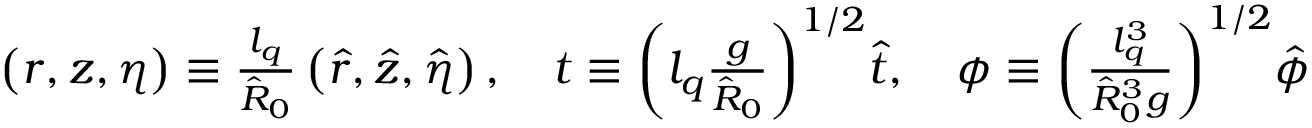
\begin{array} { r } { \left( r , z , \eta \right) \equiv \frac { l _ { q } } { \hat { R } _ { 0 } } \left( \hat { r } , \hat { z } , \hat { \eta } \right) , \quad t \equiv { \left( l _ { q } \frac { g } { \hat { R } _ { 0 } } \right) } ^ { 1 / 2 } \hat { t } , \quad \phi \equiv { \left( \frac { l _ { q } ^ { 3 } } { \hat { R } _ { 0 } ^ { 3 } g } \right) } ^ { 1 / 2 } \hat { \phi } } \end{array}